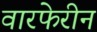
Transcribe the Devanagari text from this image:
वारफेरीन